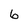
Character: 6